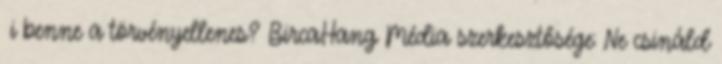
Мi benne a törvényellenes? BircaHang Média szerkesztősége: Ne csináld